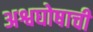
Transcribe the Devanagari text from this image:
अश्वघोषाची